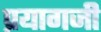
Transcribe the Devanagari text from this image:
प्रयागजी